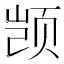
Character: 𫖮